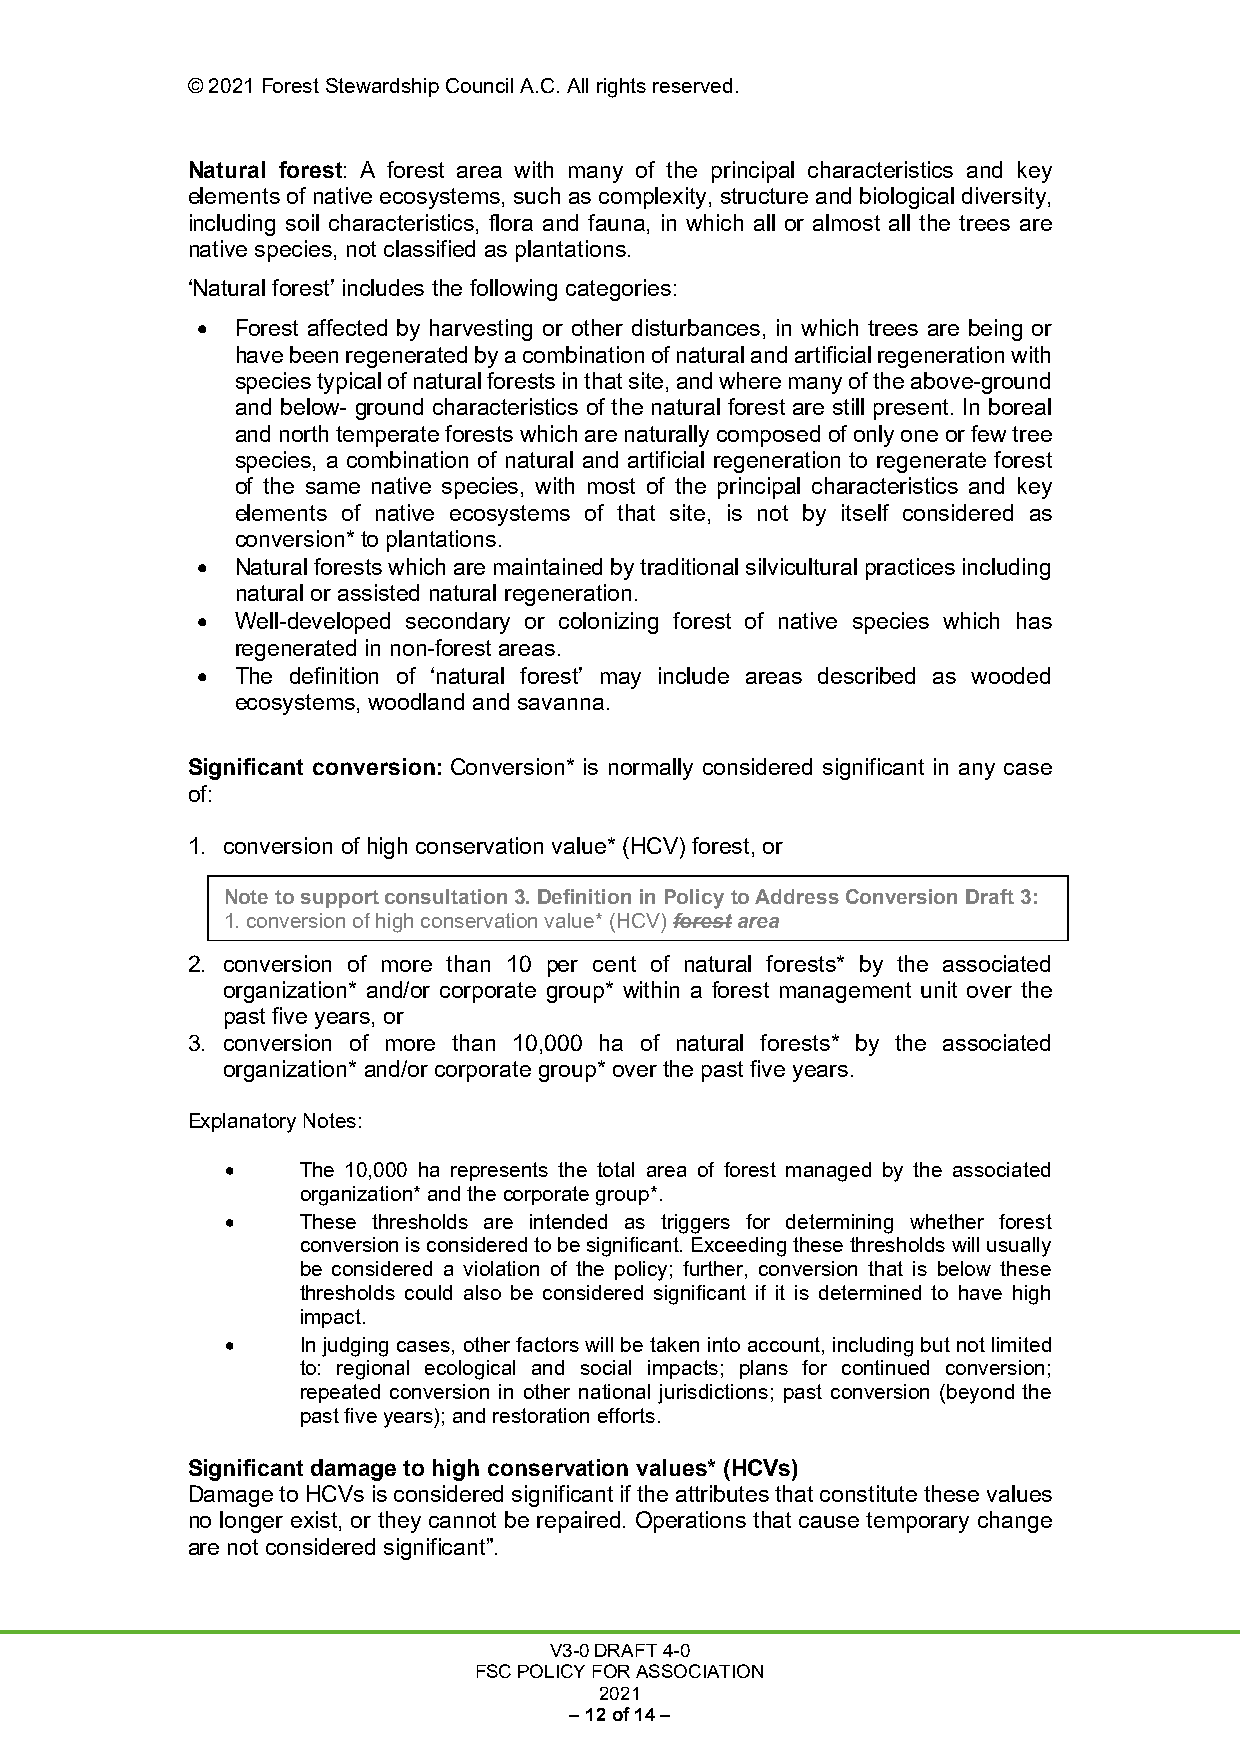
© 2021 Forest Stewardship Council A.C. All rights reserved.
 Natural forest: A forest area with many of the principal characteristics and key
 elements of native ecosystems, such as complexity, structure and biological diversity,
 including soil characteristics, flora and fauna, in which all or almost all the trees are
 native species, not classified as plantations.
 ‘Natural forest’ includes the following categories:
 •  Forest affected by harvesting or other disturbances, in which trees are being or
 have been regenerated by a combination of natural and artificial regeneration with
 species typical of natural forests in that site, and where many of the above-ground
 and below- ground characteristics of the natural forest are still present. In boreal
 and north temperate forests which are naturally composed of only one or few tree
 species, a combination of natural and artificial regeneration to regenerate forest
 of the same native species, with most of the principal characteristics and key
 elements of native ecosystems of that site, is not by itself considered as
 conversion* to plantations.
 •  Natural forests which are maintained by traditional silvicultural practices including
 natural or assisted natural regeneration.
 •  Well-developed secondary or colonizing forest of native species which has
 regenerated in non-forest areas.
 •  The definition of ‘natural forest’ may include areas described as wooded
 ecosystems, woodland and savanna.
 Significant conversion: Conversion* is normally considered significant in any case
 of:
 1. conversion of high conservation value* (HCV) forest, or
 Note to support consultation 3. Definition in Policy to Address Conversion Draft 3:
 1. conversion of high conservation value* (HCV) forest area
 2. conversion of more than 10 per cent of natural forests* by the associated
 organization* and/or corporate group* within a forest management unit over the
 past five years, or
 3. conversion of more than 10,000 ha of natural forests* by the associated
 organization* and/or corporate group* over the past five years.
 Explanatory Notes:
 •    The 10,000 ha represents the total area of forest managed by the associated
 organization* and the corporate group*.
 •    These thresholds are intended as triggers for determining whether forest
 conversion is considered to be significant. Exceeding these thresholds will usually
 be considered a violation of the policy; further, conversion that is below these
 thresholds could also be considered significant if it is determined to have high
 impact.
 •    In judging cases, other factors will be taken into account, including but not limited
 to: regional ecological and social impacts; plans for continued conversion;
 repeated conversion in other national jurisdictions; past conversion (beyond the
 past five years); and restoration efforts.
 Significant damage to high conservation values* (HCVs)
 Damage to HCVs is considered significant if the attributes that constitute these values
 no longer exist, or they cannot be repaired. Operations that cause temporary change
 are not considered significant”.
 V3-0 DRAFT 4-0
 FSC POLICY FOR ASSOCIATION
 2021
 – 12 of 14 –